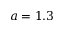
a = 1 . 3